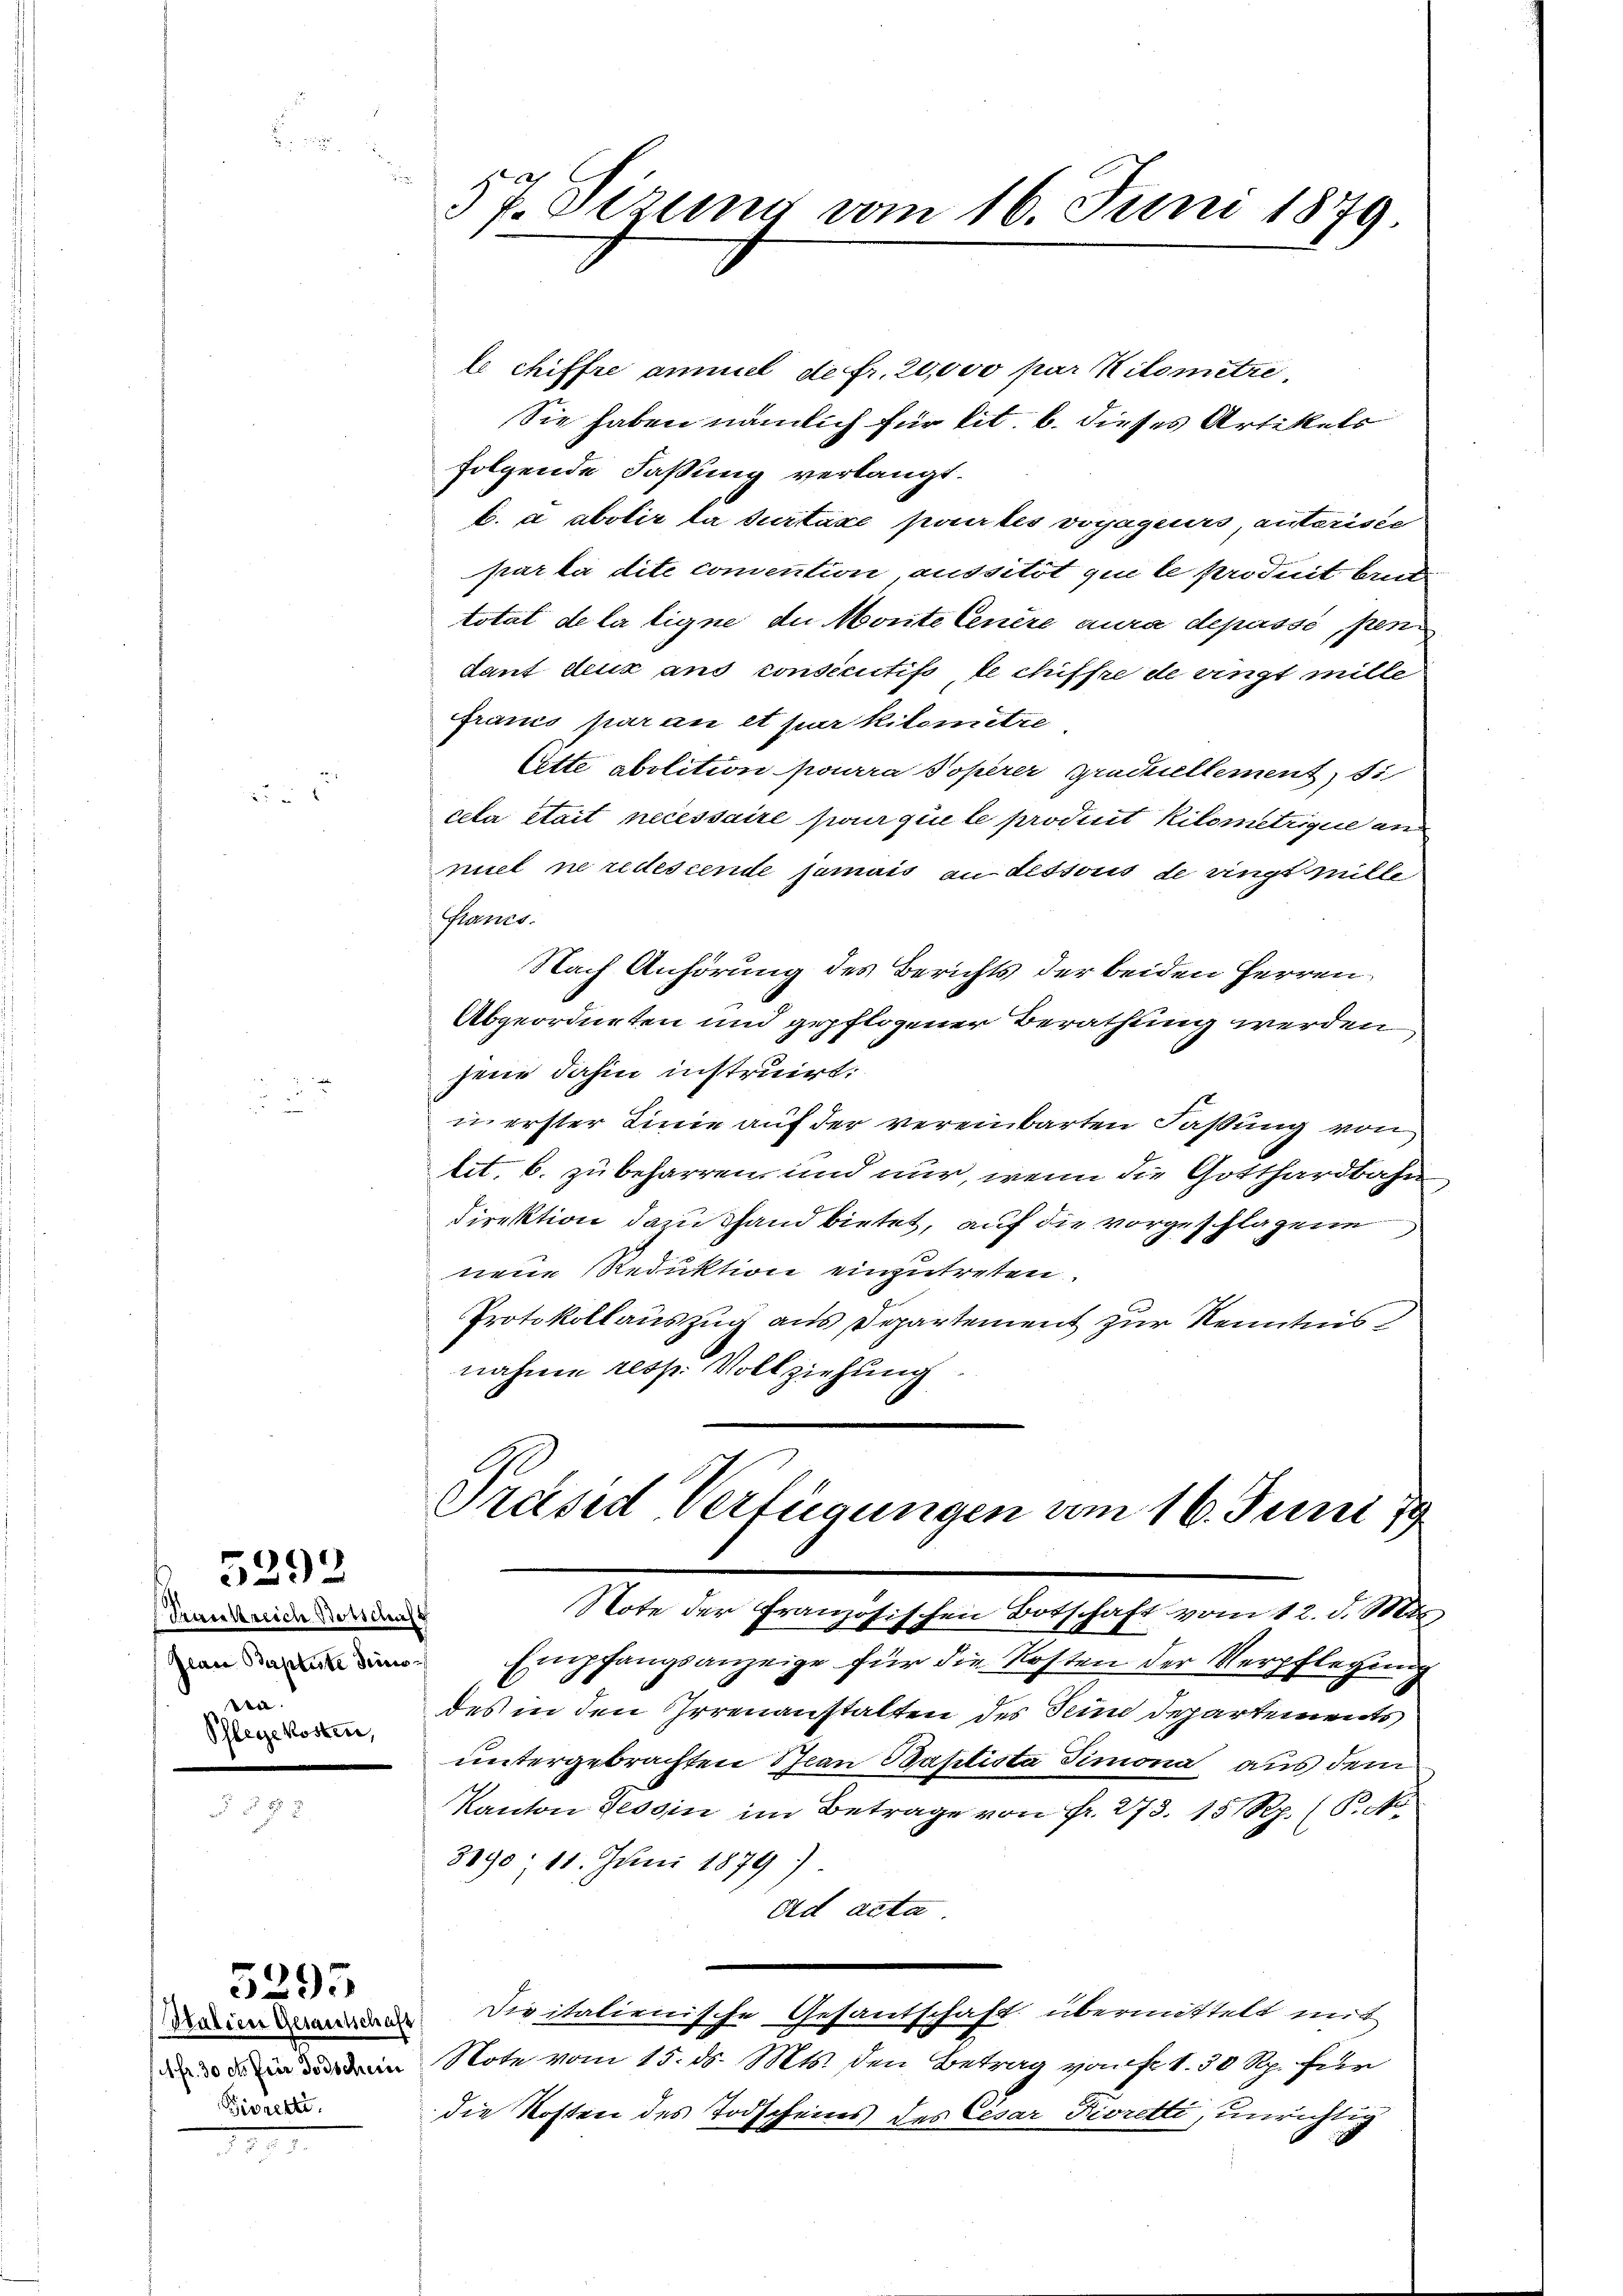
2

Trankreich Botschaft
wa
Schlegekosten,

5292

3

5293

Fiorette.

57. Sizung vom 16. Juni 1879

le chiffre ammel de fr. 20,000 par Kilomitze
Sie haben nämlich für tit. b. dieses Artikels
folgende Faßung verlangt.
b. a abolir la suitaxe pourtes voyageurs, unteriste
parla dite comention aussitôt que le produit brut
totat de la ligne an Monte Cenère aura depassé, pen
dant deux ans consécutifs, le chiffre de vingt mille
francs par an et par Kilomitze
Ette abolition pourra Poperer Graduellement
cela etait necessaire pour qui le producit Kilometrigue an
niel ne redescende jamais an dessoris de rings mille
Francs.
Nach Anhörung des Berichts der beiden Herren
Abgeordneten und gepflogener Berathung werden
jene dahin instruirt.
in erster Linie auf der vereinbarten Faßung von
lit. b. zu beharren und nur, wenn die Gotthardbahn
Direktion dazu hand bietet, auf die vorgeschlagene
neue Reduktion einzutreten.
Protokollauszug aus Departement zur Kenntnis
nahme resp. Vollziehung

Präsid Verfügungen vom 16. Juni 19
Note der Französischen Botschaft vom 12. d. Mts.
n Empfangsanzeige für die Kosten der Verpflegung

des in den Irrenanstalten des Seine Departements
untergebrachten Bian Baptista Timona, aus dem
Kanton Tessin im Betrage von Fr. 273. 15 Rp. (P.No
3890: 11. Juni 1879)
ad acta.
kritalienische Gesantschaft übermittelt mit
n Note vom 15. d. Mts. den Betrag von fr. 1.50 Rp. für
die Kosten des Todscheins des Cesar Pivretti, unrichtig